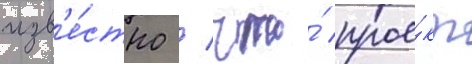
изв'е́стно / что́ прое́кт